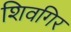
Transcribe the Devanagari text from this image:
शिवगिर